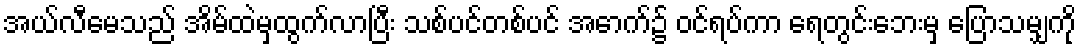
အယ်လီမေသည် အိမ်ထဲမှထွက်လာပြီး သစ်ပင်တစ်ပင် အောက်၌ ဝင်ရပ်ကာ ရေတွင်းဘေးမှ ပြောသမျှကို